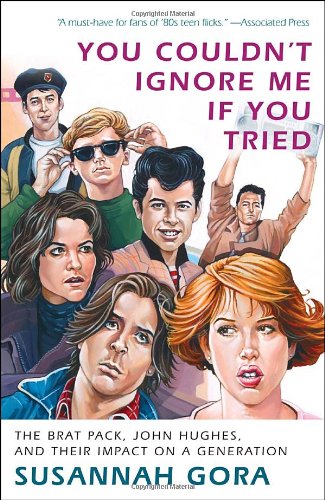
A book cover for You Couldn't Ignore Me If You Tried: The Brat Pack, John Hughes, and Their Impact on a Generation; Susannah Gora; Humor & Entertainment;